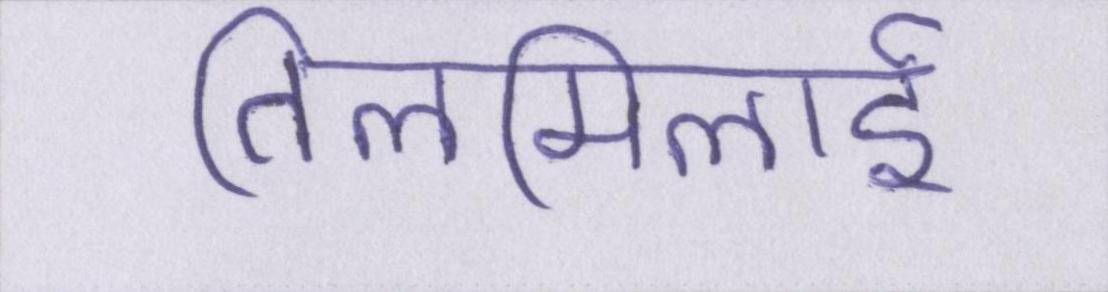
तिलमिलाई